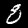
Digit: 8